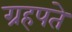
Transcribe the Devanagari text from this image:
ग्रहपते